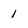
Character: 1